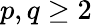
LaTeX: p,q\ge 2